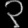
Digit: ၃